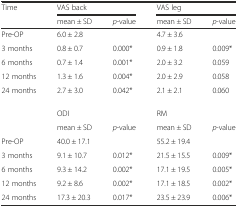
| Time | <COLSPAN=2> VAS back | <COLSPAN=2> VAS leg |
 |  | mean ± SD | p-value | mean ± SD | p-value |
 | --- | --- | --- | --- | --- |
 | Pre-OP | 6.0 ± 2.8 |  | 4.7 ± 3.6 |  |
 | 3 months | 0.8 ± 0.7 | 0.000* | 0.9 ± 1.8 | 0.009* |
 | 6 months | 0.7 ± 1.4 | 0.001* | 2.0 ± 3.2 | 0.059 |
 | 12 months | 1.3 ± 1.6 | 0.004* | 2.0 ± 2.9 | 0.058 |
 | 24 months | 2.7 ± 3.0 | 0.042* | 2.1 ± 2.1 | 0.060 |
 |  | <COLSPAN=2> ODI | <COLSPAN=2> RM |
 |  | mean ± SD | p-value | mean ± SD | p-value |
 | Pre-OP | 40.0 ± 17.1 |  | 55.2 ± 19.4 |  |
 | 3 months | 9.1 ± 10.7 | 0.012* | 21.5 ± 15.5 | 0.009* |
 | 6 months | 9.3 ± 14.2 | 0.002* | 17.1 ± 19.5 | 0.005* |
 | 12 months | 9.2 ± 8.6 | 0.002* | 17.1 ± 18.5 | 0.002* |
 | 24 months | 17.3 ± 20.3 | 0.017* | 23.5 ± 23.9 | 0.006* |